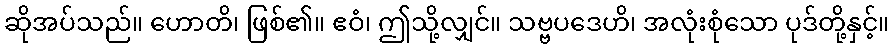
ဆိုအပ်သည်။ ဟောတိ၊ ဖြစ်၏။ ဧဝံ၊ ဤသို့လျှင်။ သဗ္ဗပဒေဟိ၊ အလုံးစုံသော ပုဒ်တို့နှင့်။